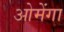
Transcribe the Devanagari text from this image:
ओमेंगा